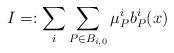
LaTeX: \begin{align*}\uppercase\expandafter{\romannumeral1}=:\sum\limits_{i}\sum\limits_{P\in B_{i,0}}\mu_{P}^{i}b_{P}^{i}(x)\end{align*}